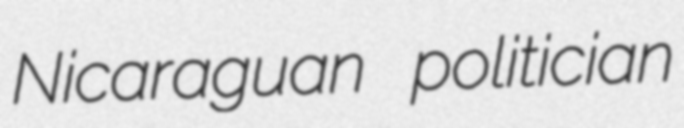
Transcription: Nicaraguan politician